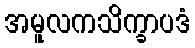
အမူလကသိက္ခာပဒံ